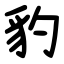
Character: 豹